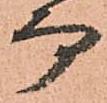
而